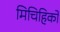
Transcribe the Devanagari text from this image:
मिचिहिको